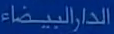
الدارالبيضاء